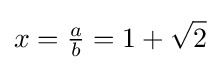
x={\tfrac {a}{b}}=1+{\sqrt {2}}